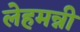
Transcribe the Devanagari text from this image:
लेहमन्नी